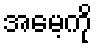
အမေ့ကို